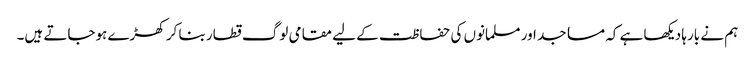
ہم نے بارہا دیکھا ہے کہ مساجد اور مسلمانوں کی حفاظت کے لیے مقامی لوگ قطار بنا کر کھڑے ہوجاتے ہیں۔